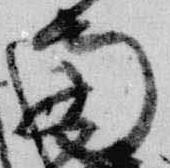
南